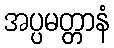
အပ္ပမတ္တာနံ